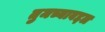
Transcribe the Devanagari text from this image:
तुमच्याबद्दल